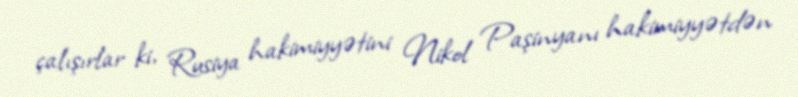
çalışırlar ki, Rusiya hakimiyyətini Nikol Paşinyanı hakimiyyətdən